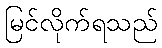
မြင်လိုက်ရသည်